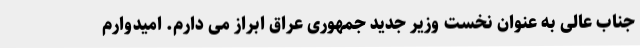
جناب عالی به عنوان نخست وزیر جدید جمهوری عراق ابراز می دارم. امیدوارم